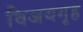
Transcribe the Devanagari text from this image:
विजयगृह